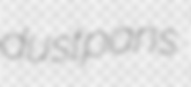
dustpans